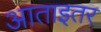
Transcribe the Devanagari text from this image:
आताइतर